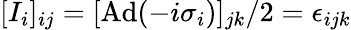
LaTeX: [I_{i}]_{ij}=[\mathrm{Ad}(-i\sigma_{i})]_{jk}/2=\epsilon_{ijk}